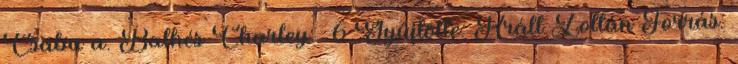
Csaba a. Balhés Charley. 6 Gyűjtötte: Králl Zoltán Forrás: